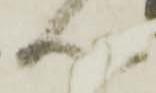
心